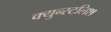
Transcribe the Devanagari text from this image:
क्युन्स्टलिश